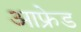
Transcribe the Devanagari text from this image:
आफ्रेड